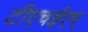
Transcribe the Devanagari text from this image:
टीएचईएम्